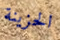
الحزينة